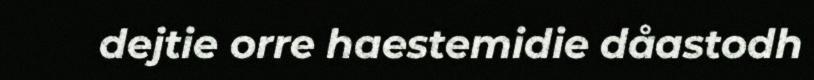
dejtie orre haestemidie dåastodh